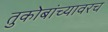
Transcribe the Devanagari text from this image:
तुकोबांच्यावरच